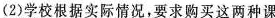
(2)学校根据实际情况，要求购买这两种课